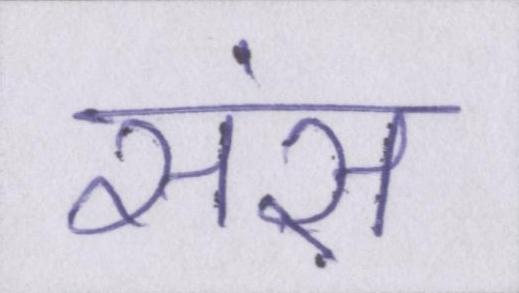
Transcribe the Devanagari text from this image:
संस